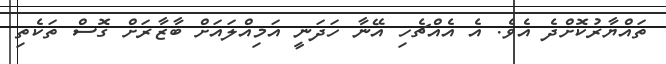
ތައްޔާރުކޮށްދެ އެވެ. އެ އެއްޗެހި އޭނާ ހަދަނީ އަމިއްލައަށް ބާޒާރަށް ގޮސް ތަކެތި